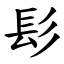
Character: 髟